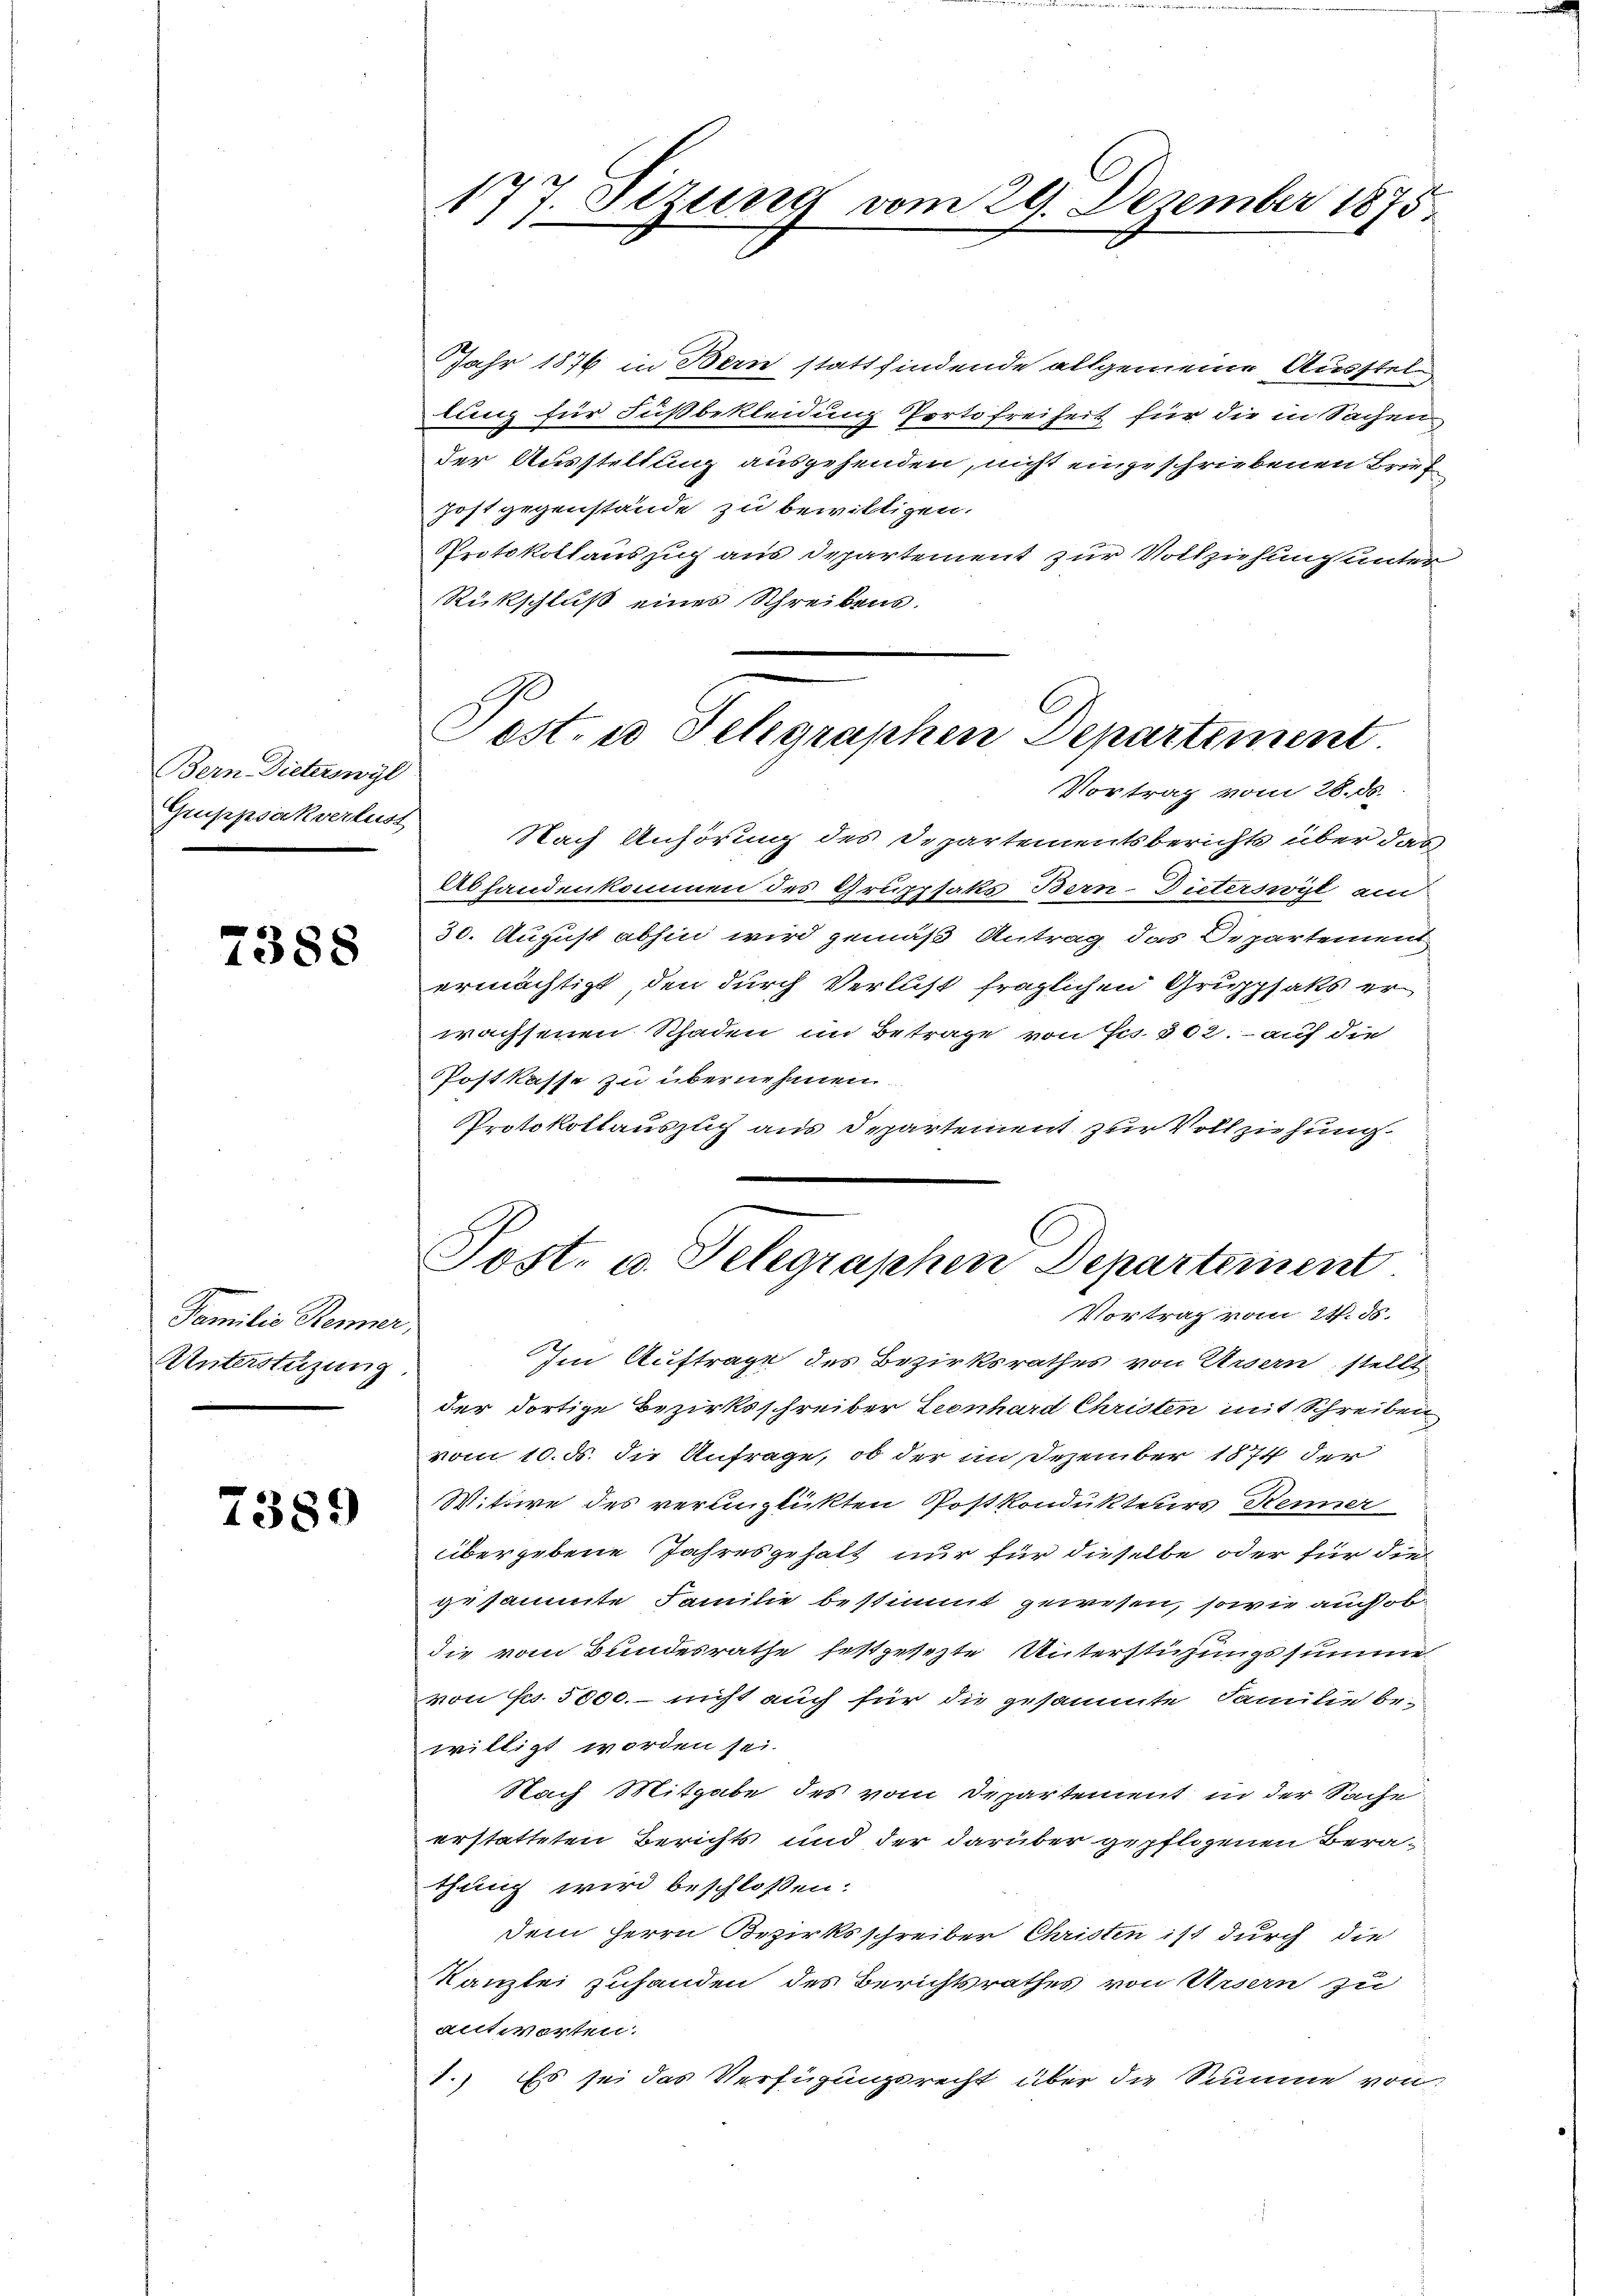
Bern. Dieteringl
Gruppsikverlust
7

7388

Familie Renner,
Unterstüzung

238.

Im Auftrage des Bezirksrathes von Ursern stellt
der dortige Bezirksschreiber Leonhard Christen mit Schreiben
vom 10. ds. die Anfrage, ob der im Dezember 1874 der
Wittwe des verunglükten Postkondukteurs Renner
übergebene Jahresgehalt nur für dieselbe oder für die
gesammte Familie bestimmt gewesen, sowie auch obdie vom Bundesrathe festgesezte Unterstüzungssumme
von Fr. 5000. – nicht auch für die gesammte Familie bewilligt worden sei.
Nach Mitgabe des vom Departement in der Sache
erstatteten Berichts und der darüber gepflogenen Berathung wird beschloßen:
dem Herrn Bezirksschreiber Christen ist durch die
Kanzlei zuhanden des Berichtsrathes von Ursern zu
antworten.
1.) Es sei das Verfügungsrecht über die Summe von

7. Stzung vom 29. Dezember 1875
19.

Jahr 1876 in Bern stattfindende allgemeine Ausstel¬
Lang für Fußbekleidung Portofreiheit für die in Sachen
der Ausstellung ausgehenden, nicht eingeschriebenen Brief
post gegenstände zu bewilligen.
Protokollauszug aus Departement zur Vollziehung unter
Rükschluß eines Schreibens.
Pest. u Schgraphen Departement

Vortrag vom 28. ds.
Nach Anhörung des Departementsberichts über dies

Post- u. Telegraphen Departement
Vortrag vom 21. ds.

Abhandenkommen des Gruppfaks Bern-Diterswyl an
30. August abhin wird gemäß Antrag, das Departement
ermächtigt, den durch Verlust fraglichen Gruppsaks er
wachsenen Schaden im Betrage von Frs. 302. – auf die
Postkasse zu übernehmen.
Protokollauszlch aus Departement zur Vollziehung
s